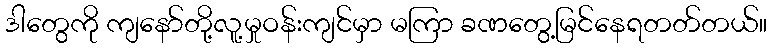
ဒါတွေကို ကျနော်တို့လူ့မှုဝန်းကျင်မှာ မကြာ ခဏတွေ့မြင်နေရတတ်တယ်။